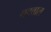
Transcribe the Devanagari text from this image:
बटवाल